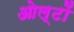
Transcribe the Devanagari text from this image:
ओल्टों